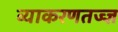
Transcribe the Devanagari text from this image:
व्याकरणतज्‍ज्ञ